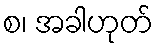
စ၊ အခါဟုတ်